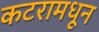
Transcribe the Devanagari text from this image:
कटरामधून